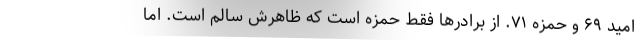
امید ۶۹ و حمزه ۷۱. از برادرها فقط حمزه است که ظاهرش سالم است. اما